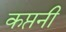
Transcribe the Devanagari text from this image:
कप्तनी